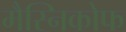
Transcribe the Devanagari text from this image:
मैस्निकोफ